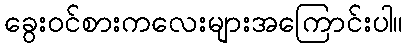
ခွေးဝင်စားကလေးများအကြောင်းပါ။